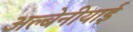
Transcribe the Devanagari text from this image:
अल्बेनीयाई